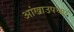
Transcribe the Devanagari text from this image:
आंखाउपचार